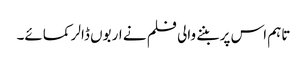
تاہم اس پر بننے والی فلم نے اربوں ڈالر کمائے۔